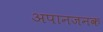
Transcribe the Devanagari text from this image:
अपानजनक